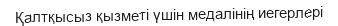
Қалтқысыз қызметі үшін медалінің иегерлері